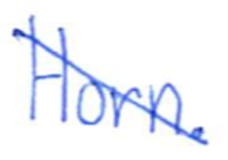
Text: Horn.
Cross-out: diagonal
Writing tool: ballpoint